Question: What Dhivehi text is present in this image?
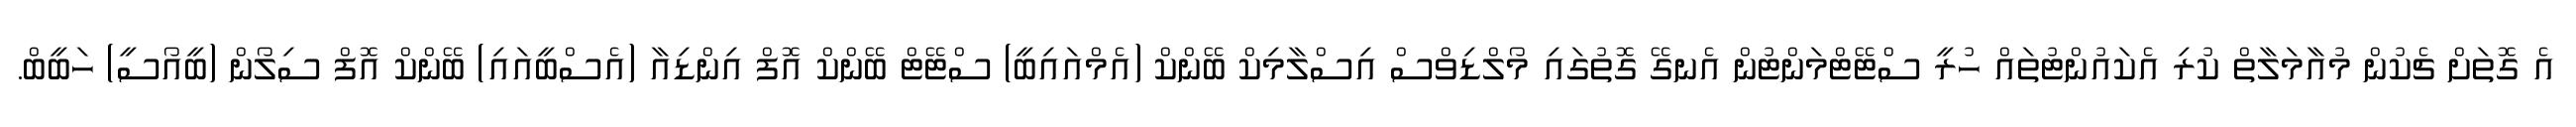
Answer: އެ ގޮތަށް ޗެކުން މުއާމަލާތް ކުރި އެކައުންޓުތައް ހުރީ ސްޓޭޓްމަންޓުން އެނގޭ ގޮތުގައި މޯލްޑިވްސް އިސްލާމިކް ބޭންކް (އެމްއައިބީ) ސްޓޭޓް ބޭންކް އޮފް އިންޑިއާ (އެސްބީއައި) ބޭންކް އޮފް ސިލޯން (ބީއޯސީ) ހަބީބް.